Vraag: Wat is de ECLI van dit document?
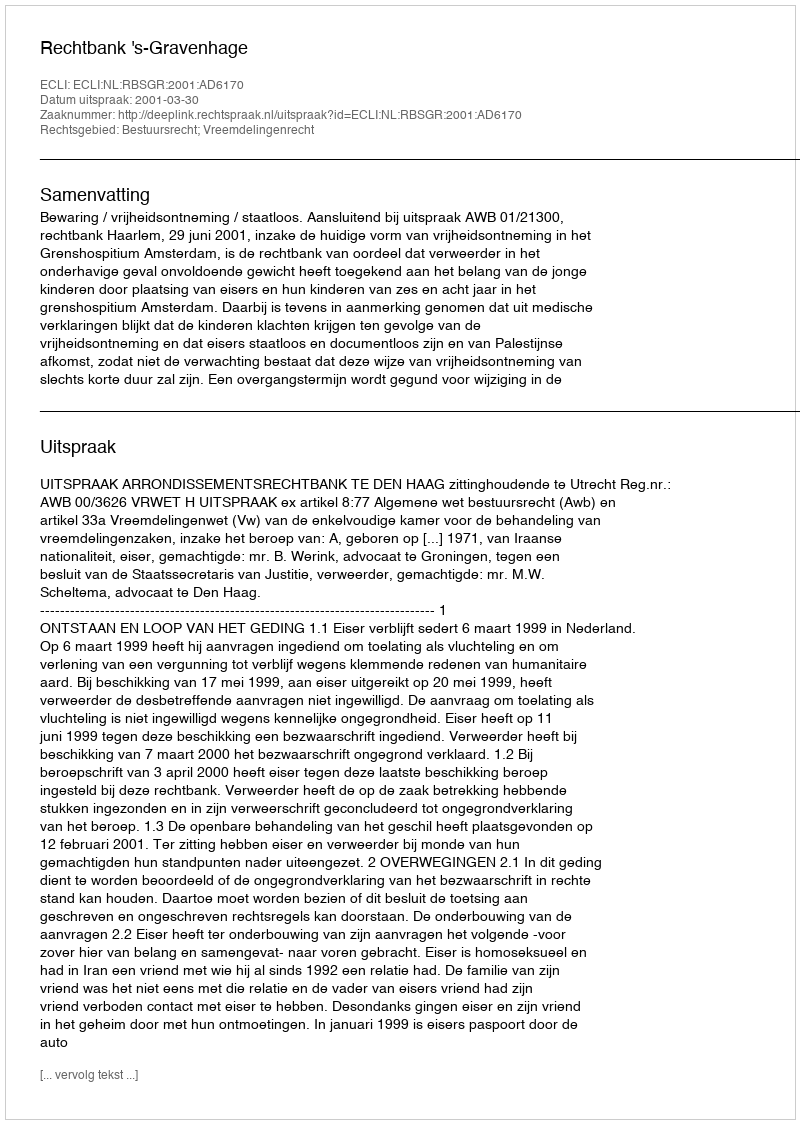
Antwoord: ECLI:NL:RBSGR:2001:AD6170